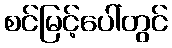
စင်မြင့်ပေါ်တွင်